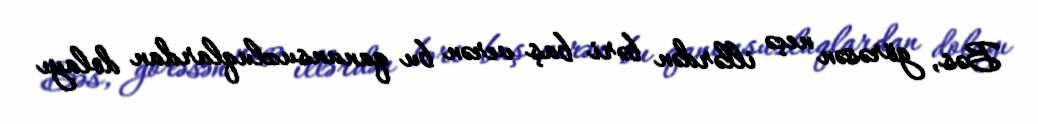
Bəs, görəsən neçə illərdən bəri baş verən bu qanunsuzluqlardan dolayı